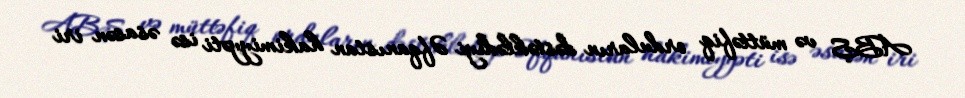
ABŞ və müttəfiq orduların dəstəklədiyi Əfqanıstan hakimiyyəti isə əsasən iri